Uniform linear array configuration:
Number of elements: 16
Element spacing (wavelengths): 0.25
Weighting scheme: cosine
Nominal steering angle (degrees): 60
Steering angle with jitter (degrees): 61.554
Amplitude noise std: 0.05
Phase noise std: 0.05

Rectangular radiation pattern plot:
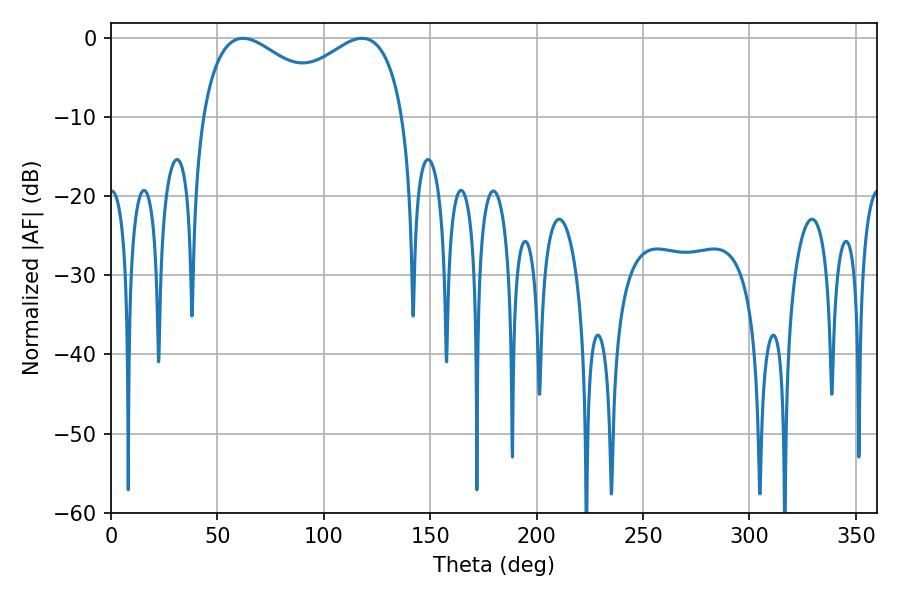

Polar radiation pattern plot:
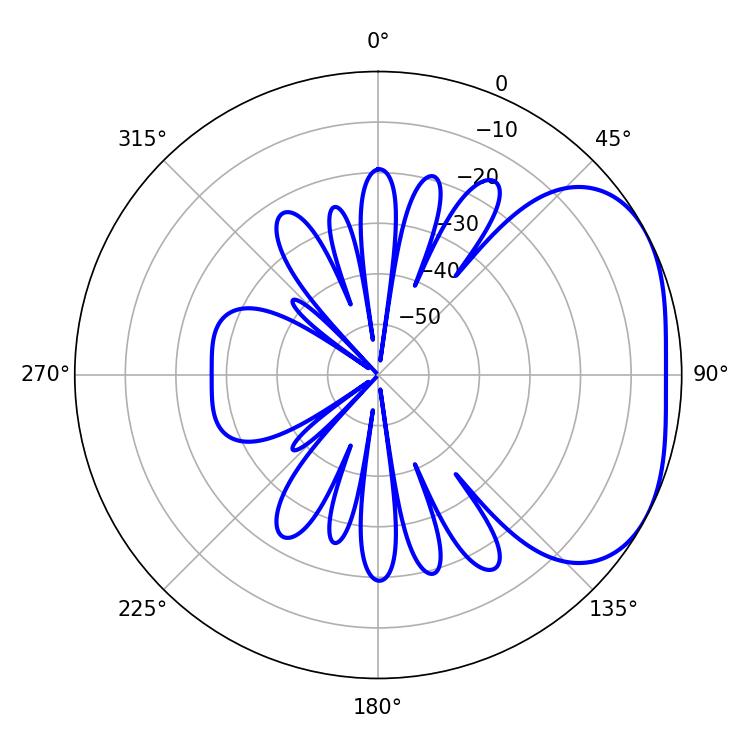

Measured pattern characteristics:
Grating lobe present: FALSE
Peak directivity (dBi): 3.006
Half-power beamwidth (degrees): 36.36
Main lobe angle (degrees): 62.1